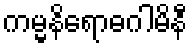
ကမ္မနိရောဓဂါမိနီ